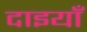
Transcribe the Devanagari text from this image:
दाइयाँ